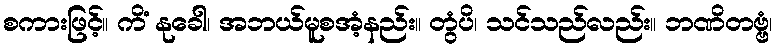
စကားဖြင့်။ ကိံ နုခေါ၊ အဘယ်မူစအံ့နည်း။ တွံပိ၊ သင်သည်လည်း။ ဘဏိတဗ္ဗံ၊